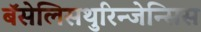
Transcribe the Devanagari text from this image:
बॅसेलिसथुरिन्जेन्सिस